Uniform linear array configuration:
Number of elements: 32
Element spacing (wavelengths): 1
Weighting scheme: binomial
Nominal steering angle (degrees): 15
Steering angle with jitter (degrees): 16.592
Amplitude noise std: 0.05
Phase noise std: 0.05

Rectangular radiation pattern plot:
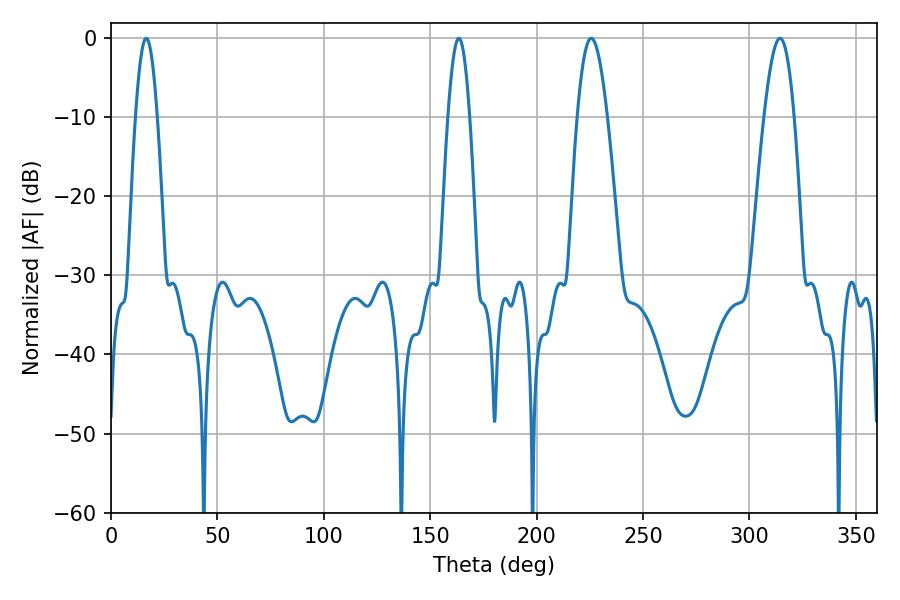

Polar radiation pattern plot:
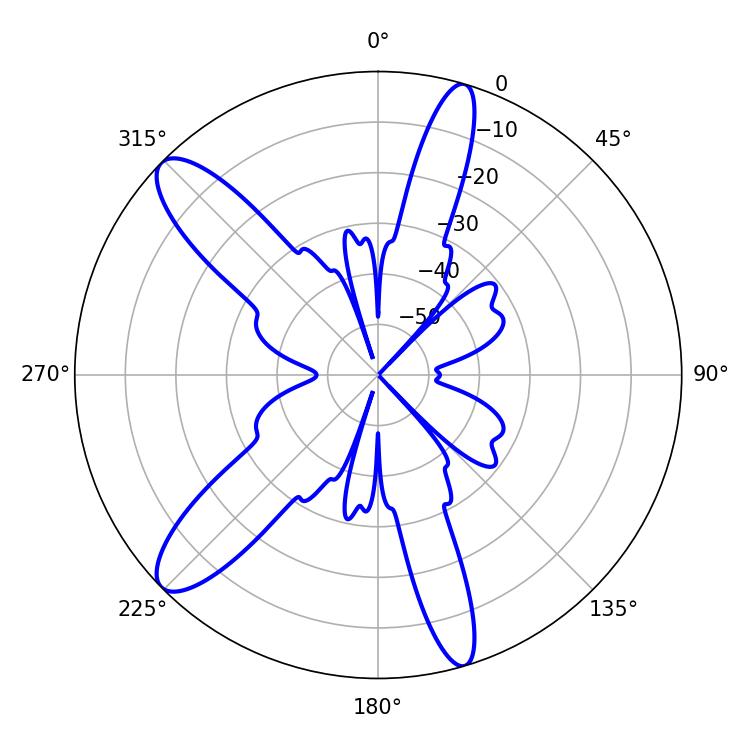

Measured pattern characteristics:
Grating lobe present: TRUE
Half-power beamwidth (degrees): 5.4
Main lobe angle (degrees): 16.56